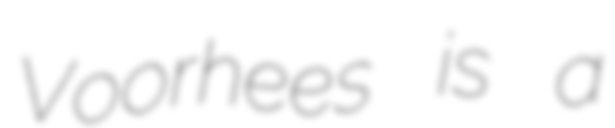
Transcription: Voorhees is a